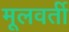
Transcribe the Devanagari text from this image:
मूलवर्ती